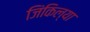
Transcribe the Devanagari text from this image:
जिंकिल्या